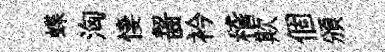
蝶洶悽齧衿稽欺個頒